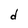
Character: d